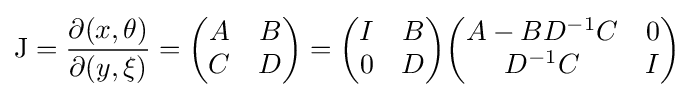
\mathrm {J} ={\frac {\partial (x,\theta )}{\partial (y,\xi )}}={\begin{pmatrix}A&B\\C&D\end{pmatrix}}={\begin{pmatrix}I&B\\0&D\end{pmatrix}}{\begin{pmatrix}A-BD^{-1}C&0\\D^{-1}C&I\end{pmatrix}}